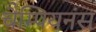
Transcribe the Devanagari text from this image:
चैम्पियनंस